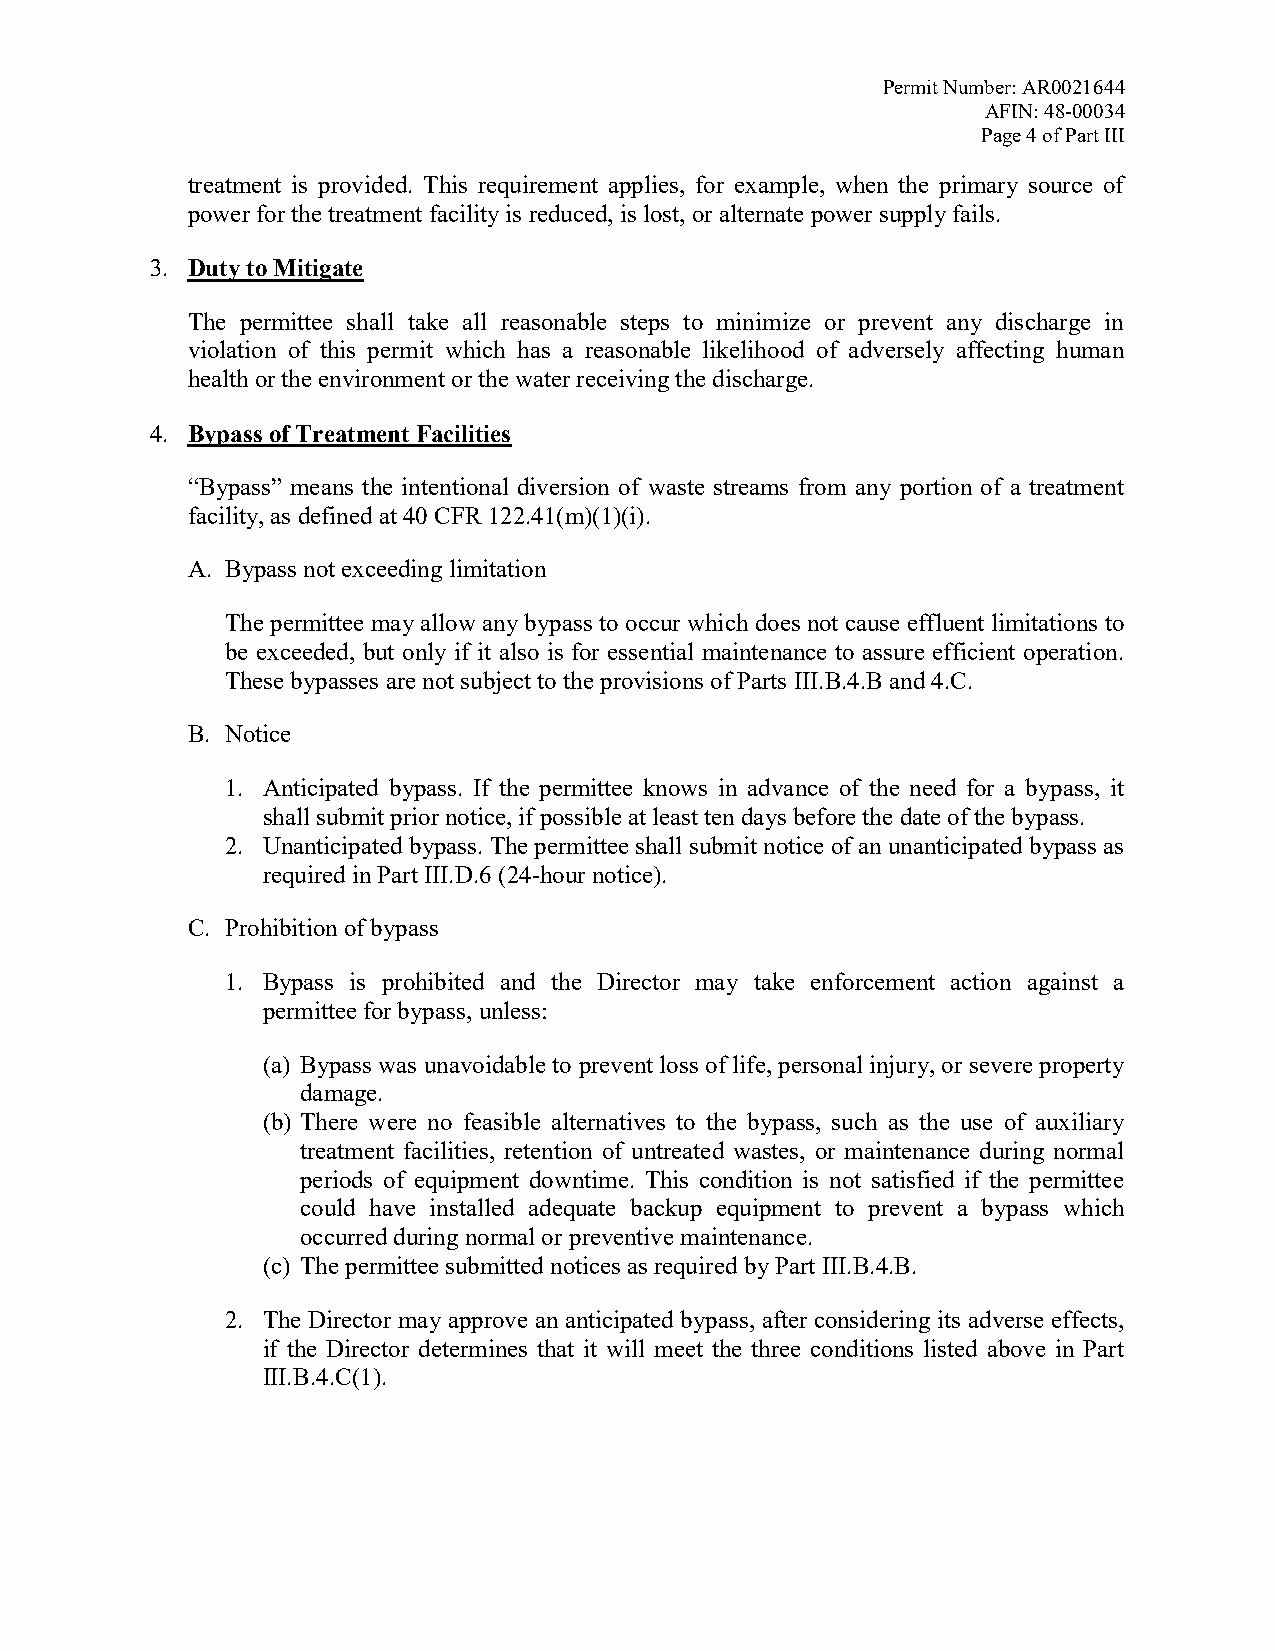
Permit Number: AR0021644
 AFIN: 48-00034
 Page 4 of Part III
 treatment is provided. This requirement applies, for example, when the primary source of
 power for the treatment facility is reduced, is lost, or alternate power supply fails.
 3. Duty to Mitigate
 The permittee shall take all reasonable steps to minimize or prevent any discharge in
 violation of this permit which has a reasonable likelihood of adversely affecting human
 health or the environment or the water receiving the discharge.
 4. Bypass of Treatment Facilities
 “Bypass” means the intentional diversion of waste streams from any portion of a treatment
 facility, as defined at 40 CFR 122.41(m)(1)(i).
 A. Bypass not exceeding limitation
 The permittee may allow any bypass to occur which does not cause effluent limitations to
 be exceeded, but only if it also is for essential maintenance to assure efficient operation.
 These bypasses are not subject to the provisions of Parts III.B.4.B and 4.C.
 B. Notice
 1. Anticipated bypass. If the permittee knows in advance of the need for a bypass, it
 shall submit prior notice, if possible at least ten days before the date of the bypass.
 2. Unanticipated bypass. The permittee shall submit notice of an unanticipated bypass as
 required in Part III.D.6 (24-hour notice).
 C. Prohibition of bypass
 1. Bypass is prohibited and the Director may take enforcement action against a
 permittee for bypass, unless:
 (a) Bypass was unavoidable to prevent loss of life, personal injury, or severe property
 damage.
 (b) There were no feasible alternatives to the bypass, such as the use of auxiliary
 treatment facilities, retention of untreated wastes, or maintenance during normal
 periods of equipment downtime. This condition is not satisfied if the permittee
 could have installed adequate backup equipment to prevent a bypass which
 occurred during normal or preventive maintenance.
 (c) The permittee submitted notices as required by Part III.B.4.B.
 2. The Director may approve an anticipated bypass, after considering its adverse effects,
 if the Director determines that it will meet the three conditions listed above in Part
 III.B.4.C(1).